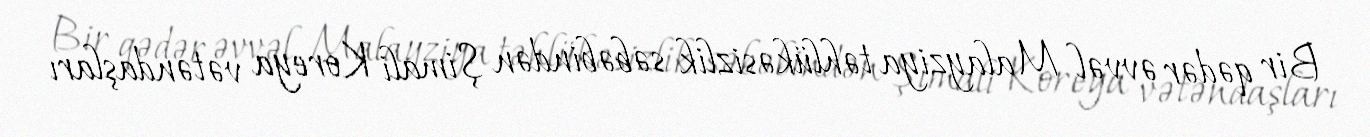
Bir qədər əvvəl Malayziya təhlükəsizlik səbəbindən Şimali Koreya vətəndaşları